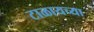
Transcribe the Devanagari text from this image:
टाळायच्या